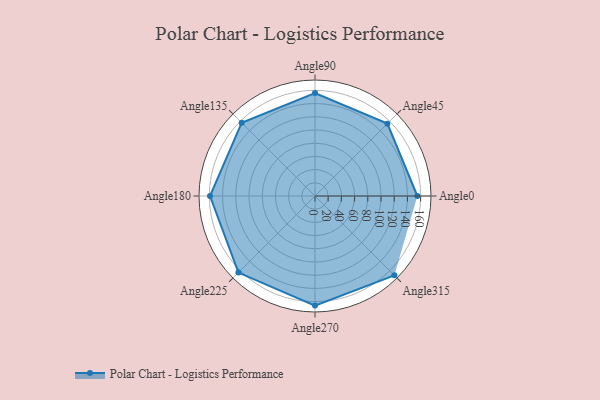
{"axis": {"x": "Angle", "y": "Radius"}, "legend": [""], "data": [{"x": "Angle0", "y": 155.0, "type": ""}, {"x": "Angle45", "y": 155.0, "type": ""}, {"x": "Angle90", "y": 156.0, "type": ""}, {"x": "Angle135", "y": 157.0, "type": ""}, {"x": "Angle180", "y": 159.0, "type": ""}, {"x": "Angle225", "y": 164.0, "type": ""}, {"x": "Angle270", "y": 166.0, "type": ""}, {"x": "Angle315", "y": 170, "type": ""}]}